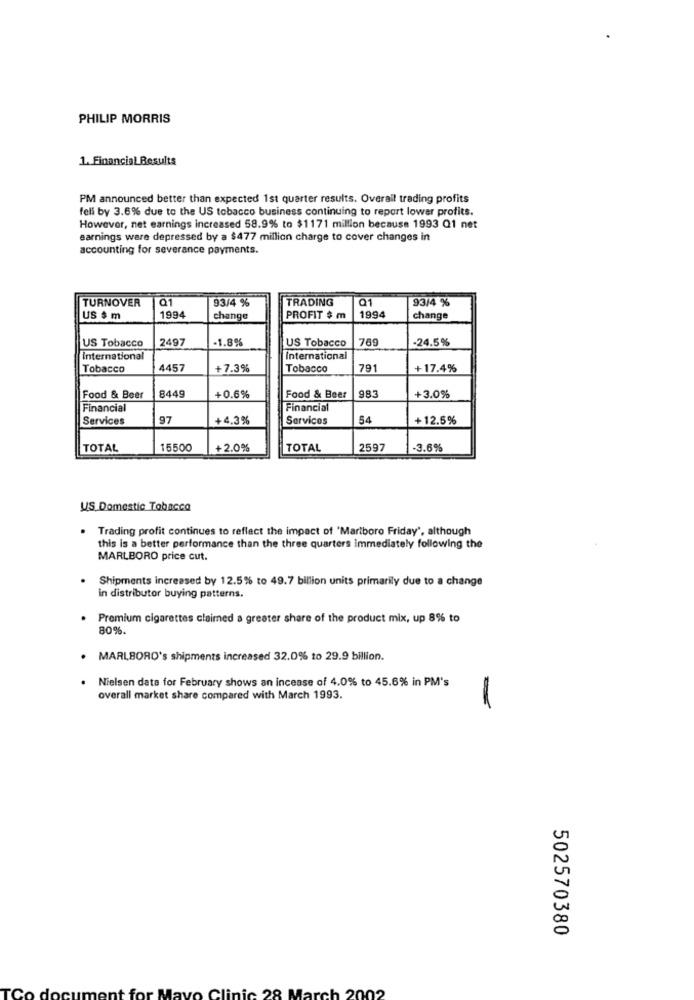
PHILIP MORRIS
1. Financial Results
PM announced better than expected 1st quarter results. Overall trading profits
fell by 3.6% due to the US tobacco business continuing to report lower profits.
However, net earnings increased 58.9% to $1171 million because 1993 Q1 net
earnings ware depressed by a $477 million charge to cover changes in
accounting for severance payments.
Q1
93/4 %
TRADING
Q1
93/4 %
TURNOVER
US $ m
1994
change
PROFIT $ m
1994
change
2497
-1.8%
US Tobacco
769
-24.5%
US Tobacco
International
International
Tobacco
4457
+7.3%
Tobacco
791
+17.4%
Food & Beer
8449
+0.6%
Food & Beer
983
+3.0%
Financial
Financial
Services
97
+4.3%
Services
54
+12.5%
TOTAL
15500
+2.0%
TOTAL
2597
-3.6%
US Domestic Tobacco
Trading profit continues to reflect the impact of 'Marlboro Friday', although
this is a better performance than the three quarters immediately following the
MARLBORO price cut.
Shipments increased by 12.5% to 49.7 billion units primarily due to a change
in distributor buying patterns.
Premium cigarettes claimed a greater share of the product mix, up 8% to
80%.
. MARLBORO's shipments increased 32.0% to 29.9 billion.
Nielsen data for February shows an incease of 4.0% to 45.6% in PM's
overall market share compared with March 1993.
502570380
nic 28 March 2002
TC